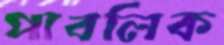
পাবলিক